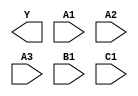
module sky130_fd_sc_hs__o311ai (
    Y ,
    A1,
    A2,
    A3,
    B1,
    C1
);

    output Y ;
    input  A1;
    input  A2;
    input  A3;
    input  B1;
    input  C1;

    // Voltage supply signals
    supply1 VPWR;
    supply0 VGND;

endmodule